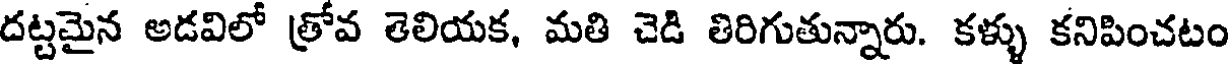
దట్టమైన అడవిలో త్రోవ తెలియక, మతి చెడి తిరిగుతున్నారు. కళ్ళు కనిపించటం